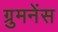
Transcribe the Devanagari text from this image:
ग्रुमनेंस